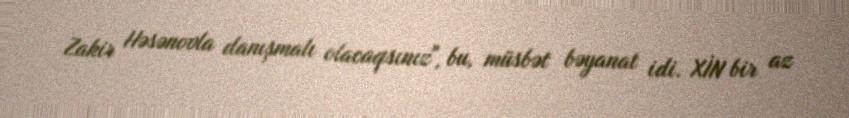
Zakir Həsənovla danışmalı olacaqsınız", bu, müsbət bəyanat idi. XİN bir az